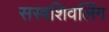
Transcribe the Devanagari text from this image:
सस्त्रशिवलिंग